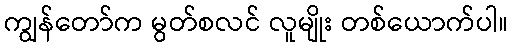
ကျွန်တော်က မွတ်စလင် လူမျိုး တစ်ယောက်ပါ။